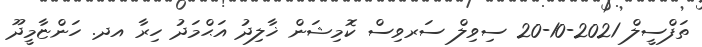
ތަފްސީލް 2021-10-20 ސިވިލް ސަރވިސް ކޮމިޝަން ޚާލިދު އަޙްމަދު ހިރާ އދ. ހަންޏާމީދޫ